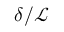
\delta / \mathcal { L }